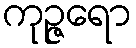
ကုဉ္ဇရော